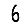
Digit: 6